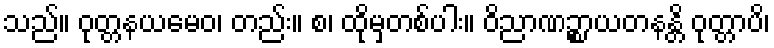
သည်။ ဝုတ္တနယမေဝ၊ တည်း။ စ၊ ထိုမှတစ်ပါး။ ဝိညာဏဉ္စာယတနန္တိ ဝုတ္တာပိ၊